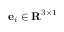
\mathbf { e } _ { i } \in \mathbf { R } ^ { 3 \times 1 }